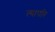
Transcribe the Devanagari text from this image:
त्यापरि